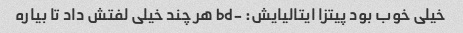
خیلی خوب بود پیتزا ایتالیایش: -bd هر چند خیلی لفتش داد تا بیاره